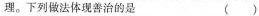
理。下列做法体现善治的是 ()